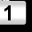
Digit: 1